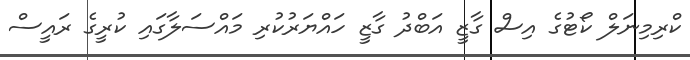
ކްރިމިނަލް ކޯޓުގެ އިސް ގާޒީ އަބްދު ގާޒީ ހައްޔަރުކުރި މައްސަލާގައި ކުރީގެ ރައީސް